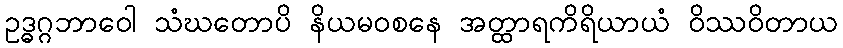
ဥဒ္ဓဂ္ဂဘာဝေါ သံဃတောပိ နိယမဝစနေ အတ္ထာရကိရိယာယံ ဝိဿဝိတာယ